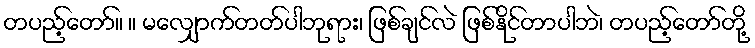
တပည့်တော်။ ။ မလျှောက်တတ်ပါဘုရား၊ ဖြစ်ချင်လဲ ဖြစ်နိုင်တာပါဘဲ၊ တပည့်တော်တို့